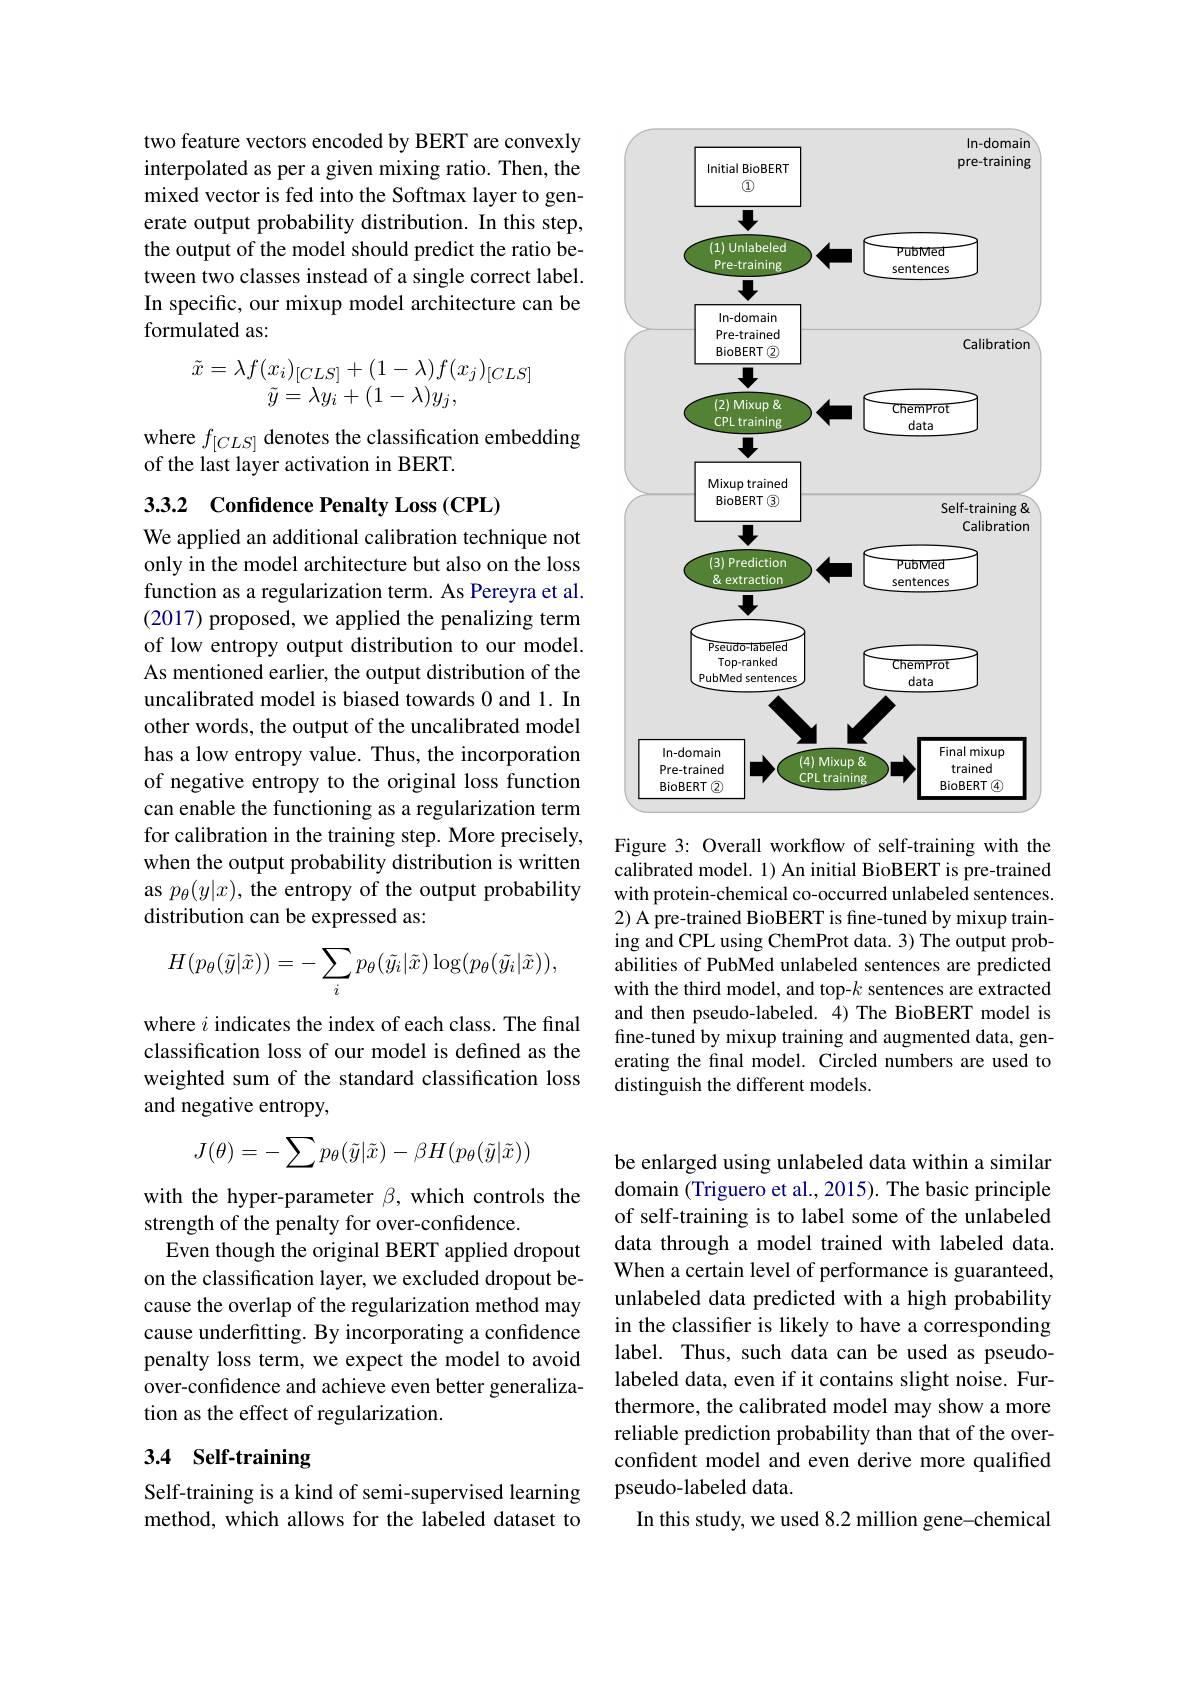
two feature vectors encoded by BERT are convexly interpolated as per a given mixing ratio. Then, the mixed vector is fed into the Softmax layer to generate output probability distribution. In this step, the output of the model should predict the ratio between two classes instead of a single correct label. In specific, our mixup model architecture can be formulated as:
$$\begin{array}{c}\tilde x=\lambda f(x_i)_{[CLS]}+(1-\lambda)f(x_j)_{[CLS]}\\\tilde y=\lambda y_i+(1-\lambda)y_j,\end{array}$$
where $f_{[CLS]}$ denotes the classification embedding
of the last layer activation in BERT.

## 3.3.2 Confidence Penalty Loss (CPL)

We applied an additional calibration technique not only in the model architecture but also on the loss function as a regularization term. As Pereyra et al. (2017) proposed, we applied the penalizing term of low entropy output distribution to our model. As mentioned earlier, the output distribution of the uncalibrated model is biased towards 0 and 1. In other words, the output of the uncalibrated model has a low entropy value. Thus, the incorporation of negative entropy to the original loss function can enable the functioning as a regularization term for calibration in the training step. More precisely, when the output probability distribution is written as $p_\theta(y|x)$, the entropy of the output probability distribution can be expressed as:
$$H(p_\theta(\tilde{y}|\tilde{x}))=-\sum_ip_\theta(\tilde{y_i}|\tilde{x})\log(p_\theta(\tilde{y_i}|\tilde{x})),$$
where $i$ indicates the index of each class. The final classification loss of our model is defined as the weighted sum of the standard classification loss and negative entropy,
$$J(\theta)=-\sum p_\theta(\tilde y|\tilde x)-\beta H(p_\theta(\tilde y|\tilde x))$$
with the hyper-parameter $\beta$, which controls the
strength of the penalty for over-confidence.
Even though the original BERT applied dropout on the classification layer, we excluded dropout because the overlap of the regularization method may cause underfitting. By incorporating a confidence penalty loss term, we expect the model to avoid over-confidence and achieve even better generalization as the effect of regularization.

## 3.4 Self-training

Self-training is a kind of semi-supervised learning method, which allows for the labeled dataset to

<FigureHere>
Figure 3: Overall workflow of self-training with the

calibrated model. 1) An initial BioBERT is pre-trained with protein-chemical co-occurred unlabeled sentences. 2) A pre-trained BioBERT is fine-tuned by mixup training and CPL using ChemProt data. 3) The output probabilities of PubMed unlabeled sentences are predicted with the third model, and top-$k$ sentences are extracted and then pseudo-labeled. 4) The BioBERT model is fine-tuned by mixup training and augmented data, generating the final model. Circled numbers are used to distinguish the different models.

be enlarged using unlabeled data within a similar domain (Triguero et al., 2015). The basic principle of self-training is to label some of the unlabeled data through a model trained with labeled data. When a certain level of performance is guaranteed, unlabeled data predicted with a high probability in the classifier is likely to have a corresponding label. Thus, such data can be used as pseudolabeled data, even if it contains slight noise. Furthermore, the calibrated model may show a more reliable prediction probability than that of the overconfident model and even derive more qualified pseudo-labeled data.
In this study, we used 8.2 million gene-chemical